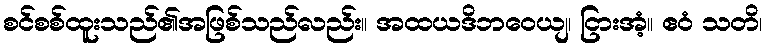
စင်စစ်ထူးသည်၏အဖြစ်သည်လည်း။ အထယဒိဘဝေယျ၊ ငြားအံ့။ ဧဝံ သတိ၊